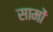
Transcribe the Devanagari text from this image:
सामों